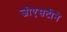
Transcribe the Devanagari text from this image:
जीएसटीने